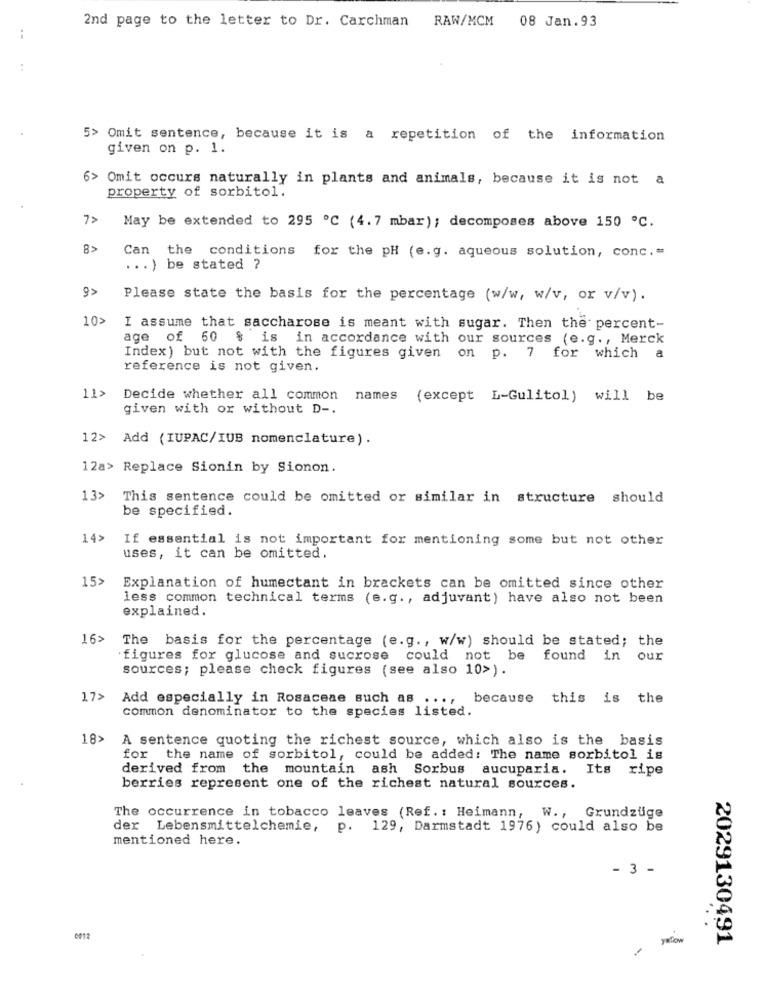
2nd page to the letter to Dr. Carchman RAW/MCM 08 Jan.93
5> Omit sentence, because it is a repetition of the information
given on p. 1.
6>
Omit occurs naturally in plants and animals, because it is not a
property of sorbitol.
7>
May be extended to 295 ℃ (4.7 mbar); decomposes above 150 ℃.
8>
Can the conditions for the pH (e.g. aqueous solution, conc .=
... ) be stated ?
9>
Please state the basis for the percentage (w/w, w/v, or v/v).
10>
I assume that saccharose is meant with sugar. Then the percent-
age of 60 $ is in accordance with our sources (e.g ., Merck
Index) but not with the figures given on p. 7 for which a
reference is not given.
11>
Decide whether all common names
(except L-Gulitol) will be
given with or without D -.
12> Add (IUPAC/IUB nomenclature) .
12a> Replace Sionin by Sionon.
13>
This sentence could be omitted or similar in structure should
be specified.
14>
If essential is not important for mentioning some but not other
uses, it can be omitted.
15>
Explanation of humectant in brackets can be omitted since other
less common technical terms (e.g ., adjuvant) have also not been
explained.
16>
The basis for the percentage (e.g ., w/w) should be stated; the
figures for glucose and sucrose could not be found in our
sources; please check figures (see also 10>).
17>
Add especially in Rosaceae such as ....
because this is the
common denominator to the species listed.
18>
A sentence quoting the richest source, which also is the basis
for the name of sorbitol, could be added: The name sorbitol is
derived from the mountain ash Sorbus
aucuparia. Its ripe
berries represent one of the richest natural sources.
The occurrence in tobacco leaves (Ref. : Heimann, W ., Grundzüge
der Lebensmittelchemie,
p. 129, Darmstadt 1976) could also be
mentioned here.
- 3 -
0012
yelow
2029130491